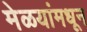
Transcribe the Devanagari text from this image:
मेळयांमधून